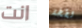
انت لطخة